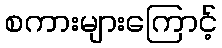
စကားများကြောင့်